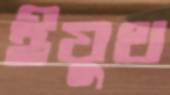
ইয়ুথ